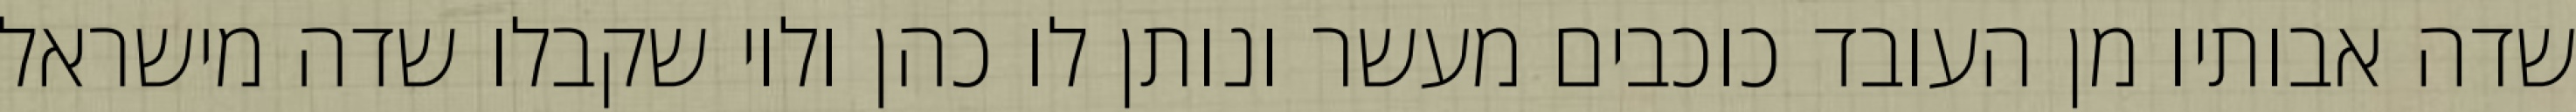
שדה אבותיו מן העובד כוכבים מעשר ונותן לו כהן ולוי שקבלו שדה מישראל